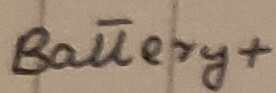
Text: Battery+